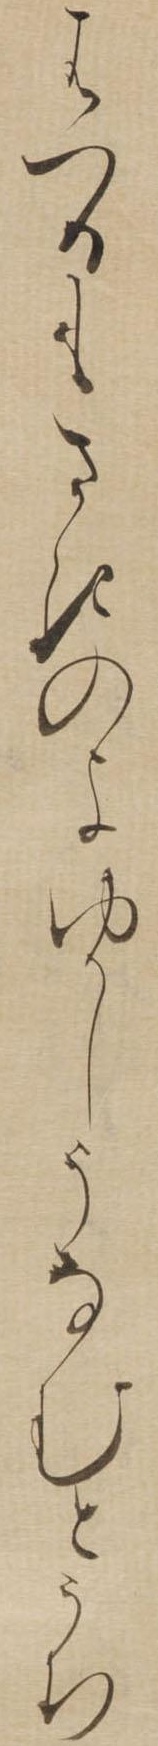
はつるもさきのよゆかしうなむとうち